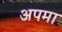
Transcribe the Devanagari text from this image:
अपमा